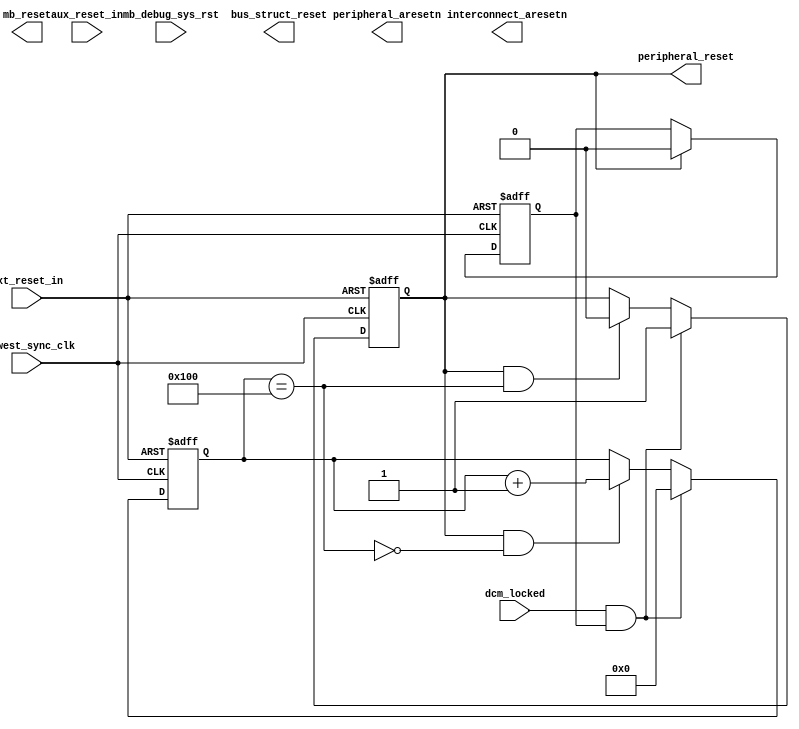
// This program was cloned from: https://github.com/thinkoco/de10-nano-riscv
// License: Apache License 2.0

module reset_sys (
    input slowest_sync_clk,
    input ext_reset_in,
    input aux_reset_in,//Not used
    input mb_debug_sys_rst,//Not used
    input dcm_locked,
    output mb_reset,// Not used
    output bus_struct_reset,// Not used
    output peripheral_reset,
    output interconnect_aresetn,// Not used
    output peripheral_aresetn// Not used
);

wire clk = slowest_sync_clk;
wire rst_n = ext_reset_in;

reg record_rst_r;
// When the peripheral_reset is really asserted, then we can clear the record rst
wire record_rst_clr = peripheral_reset;

always @(posedge clk or negedge rst_n) begin
    if(!rst_n) begin
       record_rst_r <= 1'b1;
    end
    else if (record_rst_clr) begin
       record_rst_r <= 1'b0;
    end
end

reg gen_rst_r;
// When the locked and the record_rst is there, then we assert the gen_rst
wire gen_rst_set = dcm_locked & record_rst_r;
// When the gen_rst asserted with max cycles, then we de-assert it
wire gen_rst_cnt_is_max;
wire gen_rst_clr = gen_rst_r & gen_rst_cnt_is_max;

always @(posedge clk or negedge rst_n) begin
    if(!rst_n) begin
       gen_rst_r <= 1'b0;
    end
    else if (gen_rst_set) begin
       gen_rst_r <= 1'b1;
    end
    else if (gen_rst_clr) begin
       gen_rst_r <= 1'b0;
    end
end

assign peripheral_reset = gen_rst_r;


reg[9:0] gen_rst_cnt_r;
// When the gen_rst is asserted, it need to be clear
wire gen_rst_cnt_clr = gen_rst_set;
// When the gen_rst is asserted, and the counter is not reach the max value
wire gen_rst_cnt_inc = gen_rst_r & (~gen_rst_cnt_is_max);

always @(posedge clk or negedge rst_n) begin
    if(!rst_n) begin
       gen_rst_cnt_r <= 10'b0;
    end
    else if (gen_rst_cnt_clr) begin
       gen_rst_cnt_r <= 10'b0;
    end
    else if (gen_rst_cnt_inc) begin
       gen_rst_cnt_r <= gen_rst_cnt_r + 1'b1;
    end
end

assign gen_rst_cnt_is_max = (gen_rst_cnt_r == 10'd256);

endmodule